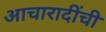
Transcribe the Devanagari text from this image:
आचारादींची